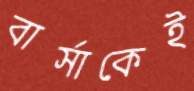
বার্সাকেই